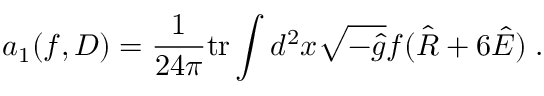
a _ { 1 } ( f , D ) = \frac 1 { 2 4 \pi } \mathrm { t r } \int d ^ { 2 } x \sqrt { - \hat { g } } f ( \hat { R } + 6 \hat { E } ) \; .